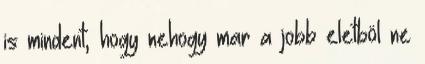
is mindent, hogy nehogy mar a jobb eletböl ne